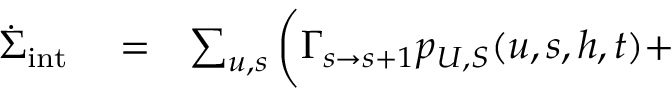
\begin{array} { r l r } { \dot { \Sigma } _ { \mathrm { i n t } } } & { { } = } & { \sum _ { u , s } \bigg ( \Gamma _ { s \to s + 1 } p _ { U , S } ( u , s , h , t ) + } \end{array}